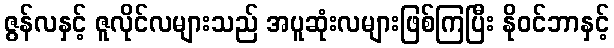
ဇွန်လနှင့် ဇူလိုင်လများသည် အပူဆုံးလများဖြစ်ကြပြီး နိုဝင်ဘာနှင့်